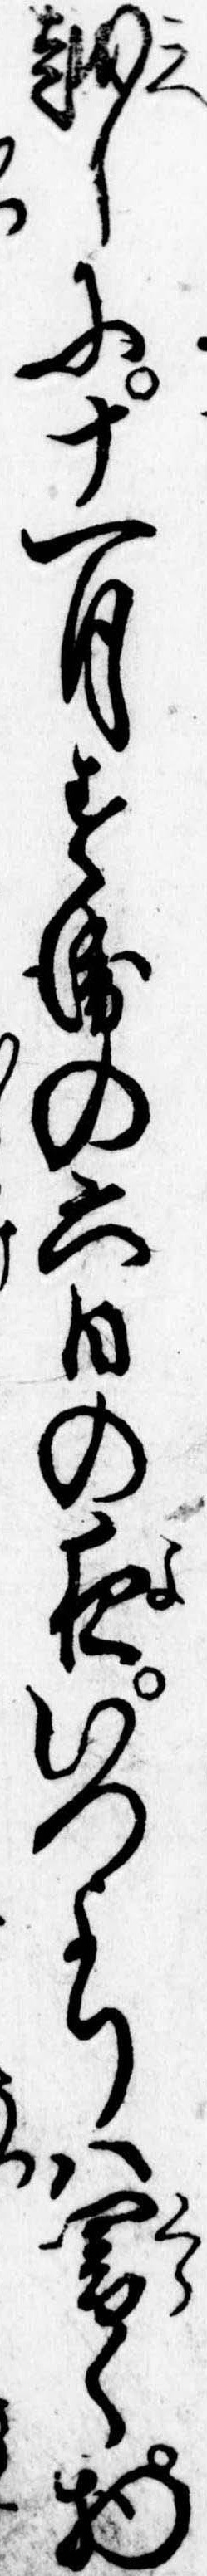
越しに十一月すゑの六日の夜いつよりは闇く物